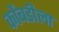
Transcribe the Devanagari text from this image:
कोंबडीला